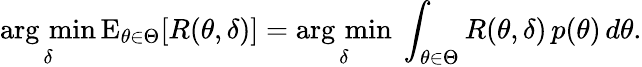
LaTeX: {\underset{\delta}{\operatorname{arg\, min}}}\operatorname{E}_{\theta\in\Theta}[R(\theta,\delta)]={\underset{\delta}{\operatorname{arg\, min}}}\ \int_{\theta\in\Theta}R(\theta,\delta)\, p(\theta)\, d\theta.